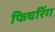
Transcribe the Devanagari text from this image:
फिचरिंग